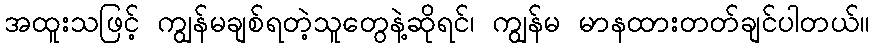
အထူးသဖြင့် ကျွန်မချစ်ရတဲ့သူတွေနဲ့ဆိုရင်၊ ကျွန်မ မာနထားတတ်ချင်ပါတယ်။